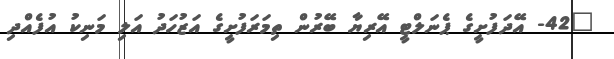
"42- އޭދަފުށީގެ ޕެނަލްޓީ އޭރިޔާ ބޭރުން ތިމަރަފުށީގެ އަޒުހަދު އަލި މަނިކު އުފެއްދި